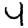
Digit: 4